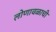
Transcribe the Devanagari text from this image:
लोणावळाची